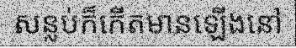
សន្លប់ក៏កើតមានឡើងនៅ